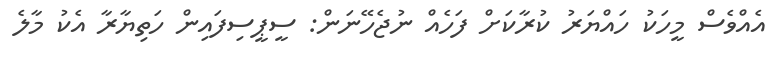
އެއްވެސް މީހަކު ހައްޔަރު ކުރާކަށް ފަހެއް ނުޖެހޭނަން: ސީޕީސިފައިން ހަތިޔާރާ އެކު މާލެ